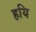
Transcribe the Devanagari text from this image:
हयि